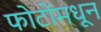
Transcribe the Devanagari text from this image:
फोटोंमधून